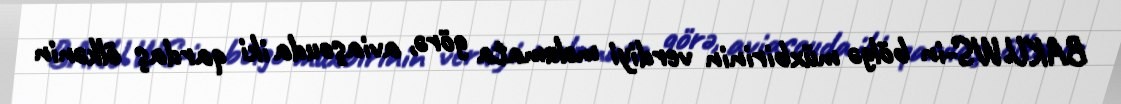
BAKU.WS-in bölgə müxbirinin verdiyi məlumata görə, aviaşouda iki qardaş ölkənin